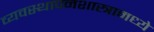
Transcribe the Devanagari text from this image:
व्यवस्थापनशास्त्रामध्ये